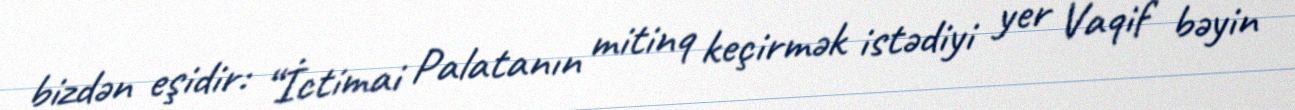
bizdən eşidir: “İctimai Palatanın mitinq keçirmək istədiyi yer Vaqif bəyin